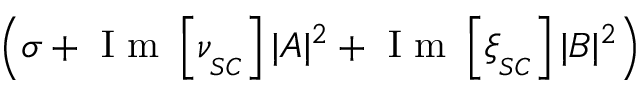
\left( \sigma + \mathrm { ~ I ~ m ~ } \left[ \nu _ { _ { S C } } \right] | A | ^ { 2 } + \mathrm { ~ I ~ m ~ } \left[ \xi _ { _ { S C } } \right] | B | ^ { 2 } \right)